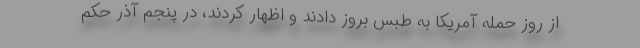
از روز حمله آمریکا به طبس بروز دادند و اظهار کردند، در پنجم آذر حکم